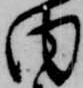
内